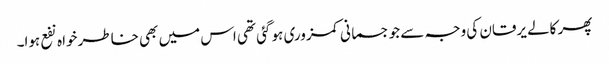
پھر کالے یرقان کی وجہ سے جو جسمانی کمزوری ہو گئی تھی اس میں بھی خاطر خواہ نفع ہوا۔